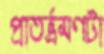
প্রাতর্ভ্রমণটা